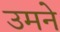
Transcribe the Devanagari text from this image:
उमने